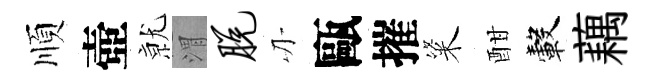
順壺𭕒渭脱刃甌摧粢酣轂藕